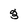
Character: 3